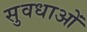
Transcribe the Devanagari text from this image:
सुवधाओं